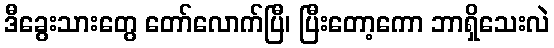
ဒီခွေးသားတွေ တော်လောက်ပြီ၊ ပြီးတော့ကော ဘာရှိသေးလဲ